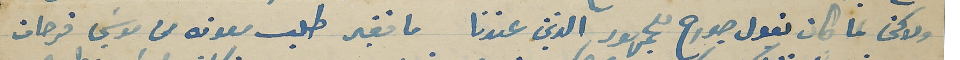
ولاكن لما كان يقول جورح للجمهور الذين عندنا ما فقير طلب معونه من موسَي فرحات